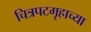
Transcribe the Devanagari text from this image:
चित्रपटगृहाच्या